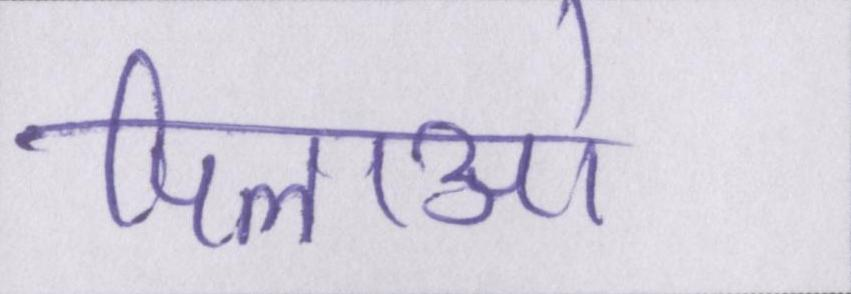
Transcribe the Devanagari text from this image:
पिलाओ